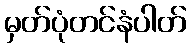
မှတ်ပုံတင်နံပါတ်